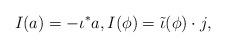
LaTeX: \begin{align*}I(a)=-\iota^{\ast}a,I(\phi) = \tilde{\iota}( \phi)\cdot j,\end{align*}